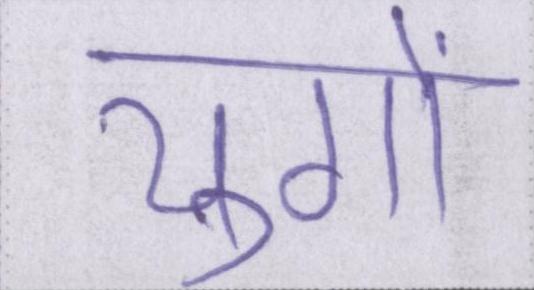
युगों